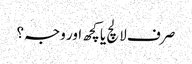
صرف لالچ یا کچھ اور وجہ؟